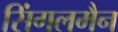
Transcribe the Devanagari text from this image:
सिंगलमैन